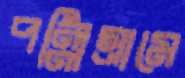
পল্লিগ্রামে